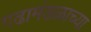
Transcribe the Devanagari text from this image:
गढामंडळाच्या